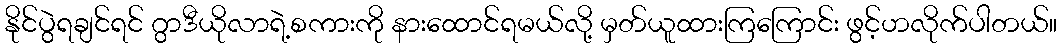
နိုင်ပွဲရချင်ရင် ဂွာဒီယိုလာရဲ့စကားကို နားထောင်ရမယ်လို့ မှတ်ယူထားကြကြောင်း ဖွင့်ဟလိုက်ပါတယ်။